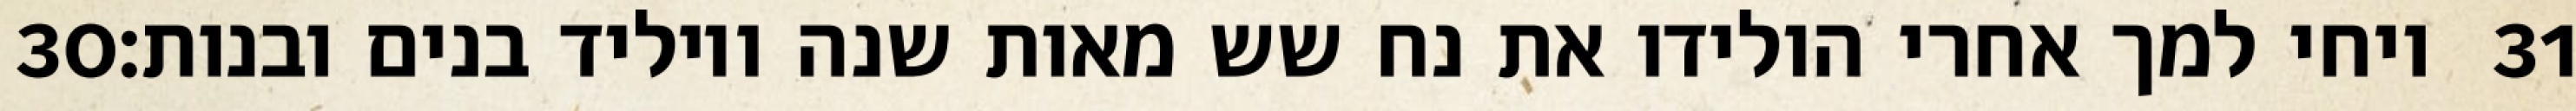
‎30‏ ויחי למך אחרי הולידו את נח שש מאות שנה ויוליד בנים ובנות׃ ‎31‏